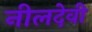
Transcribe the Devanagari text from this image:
नीलदेवी